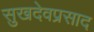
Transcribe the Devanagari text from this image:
सुखदेवप्रसाद